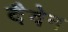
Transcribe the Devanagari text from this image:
दैवेन